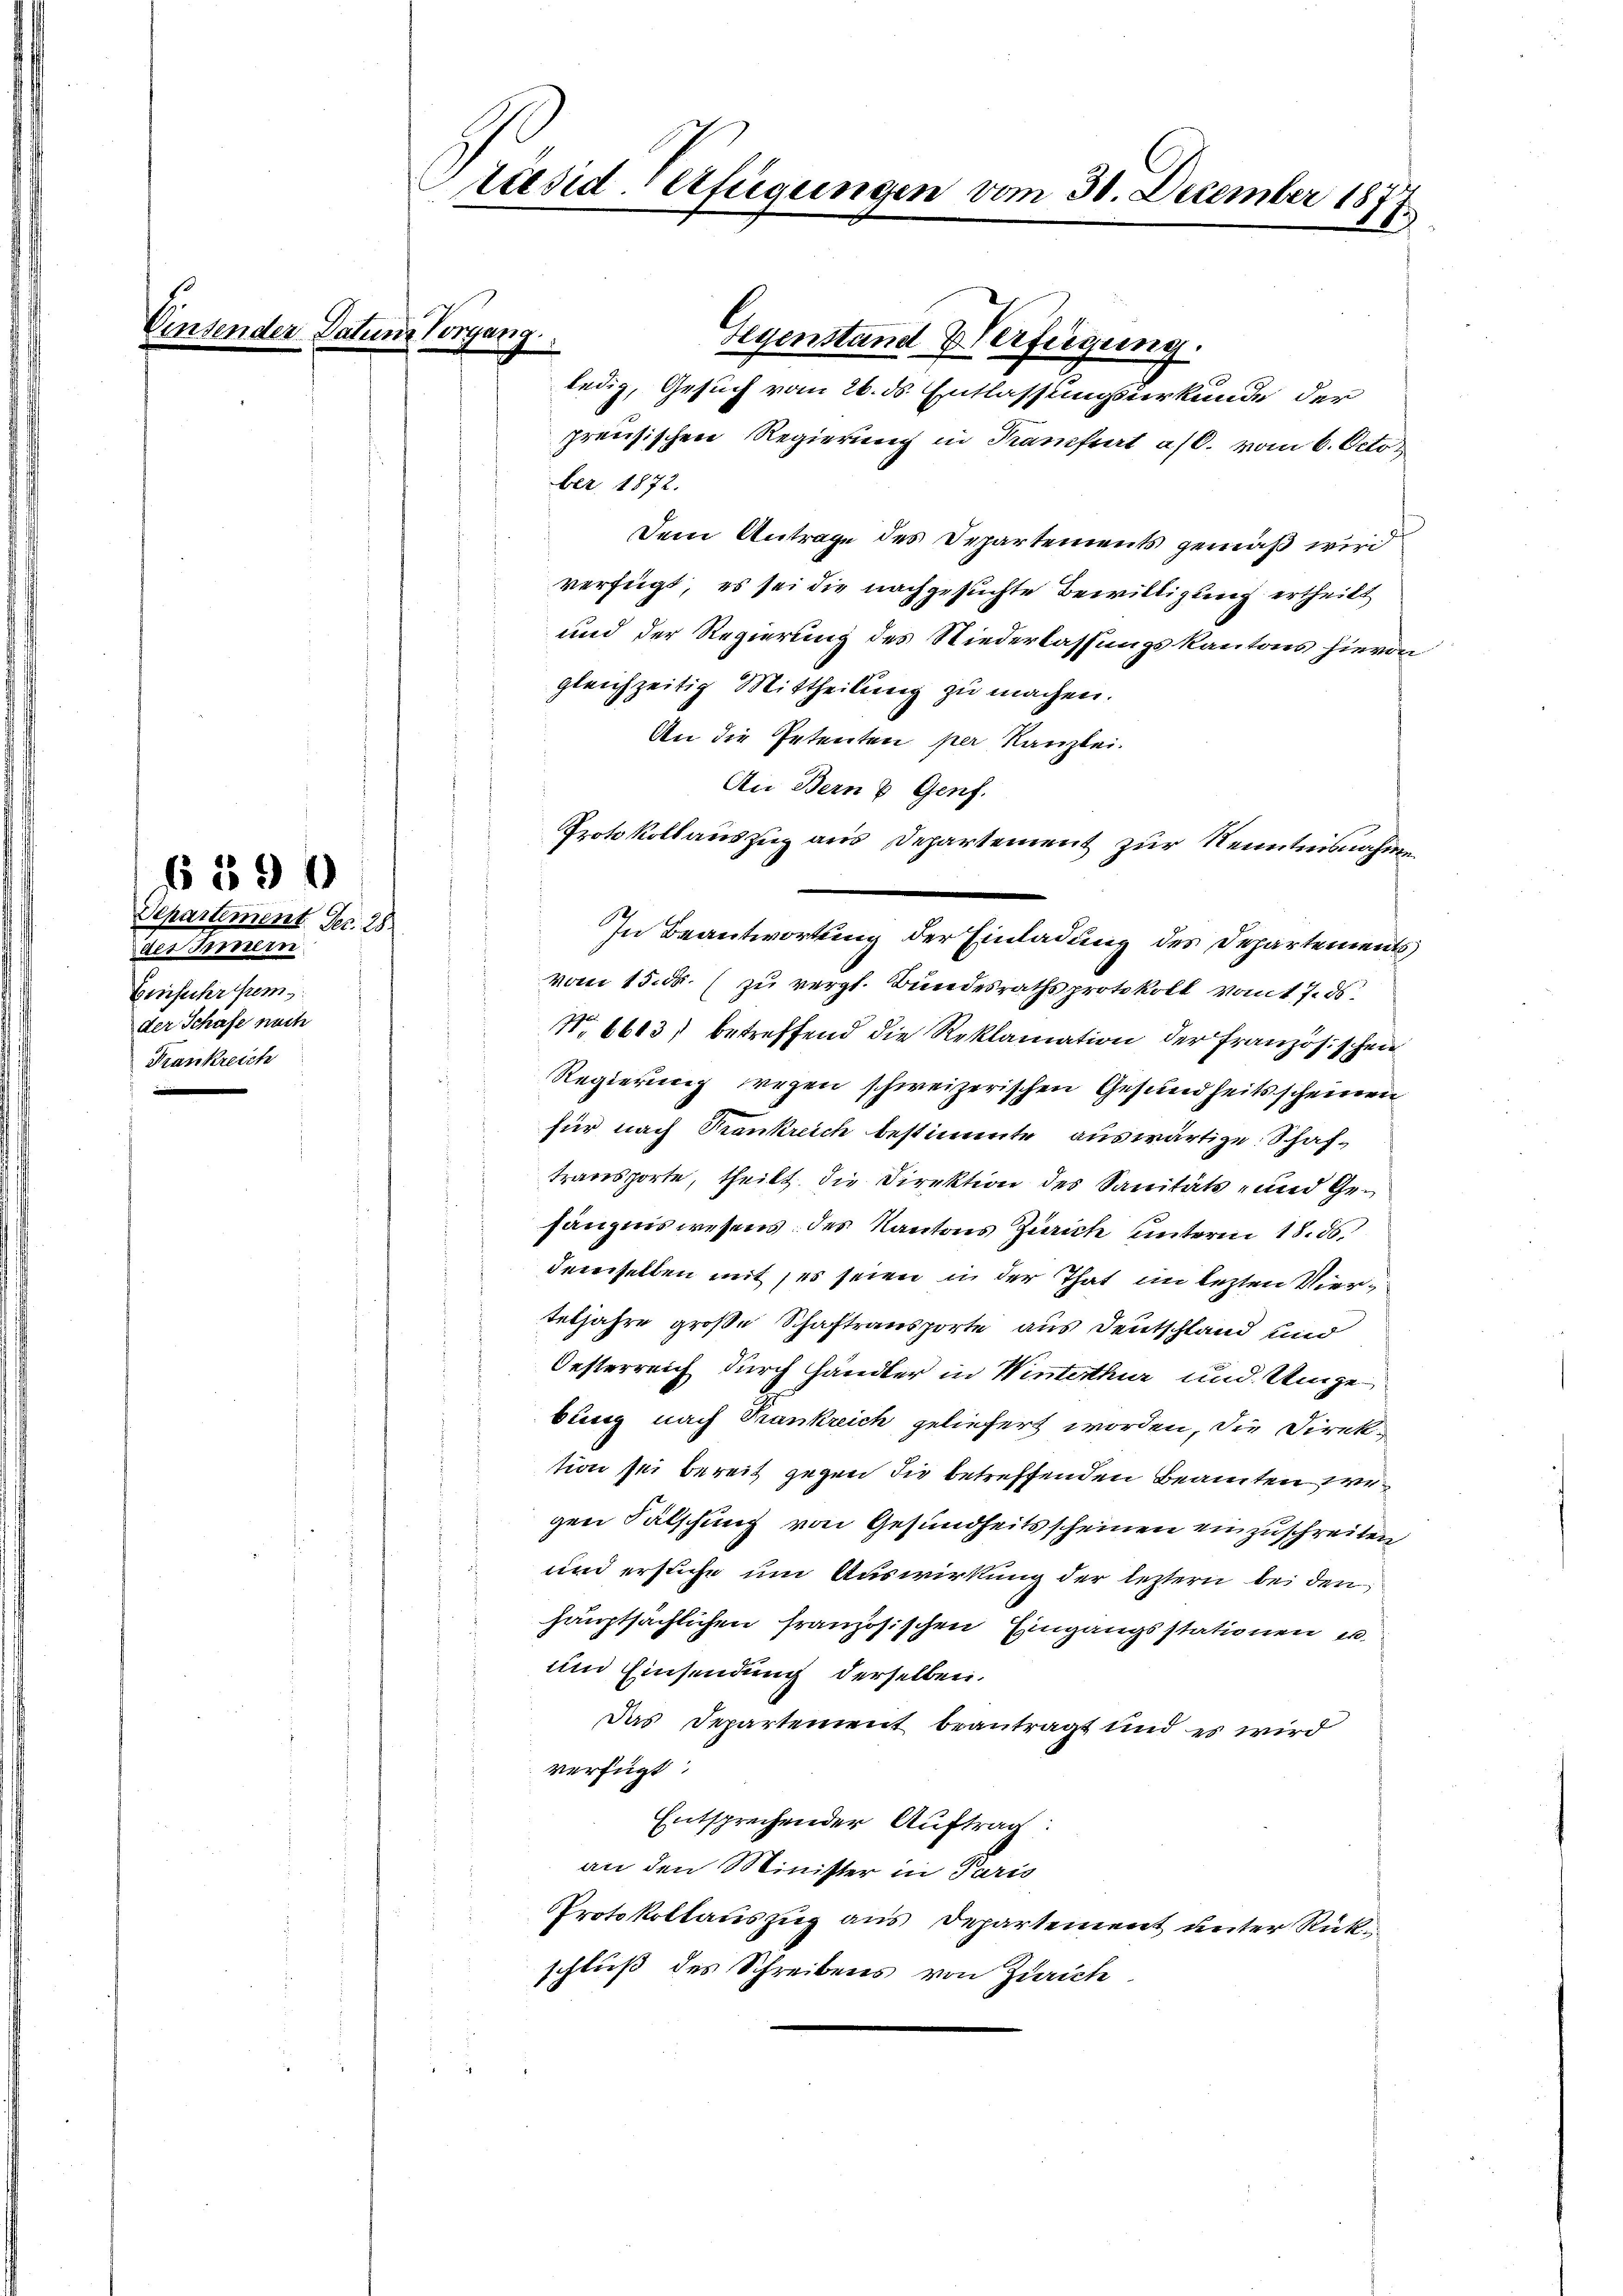
¬

Departement. Dec. 28.
des Innern
Einfuhr frem
der Schafe nach
Frankreich

6 890

Datum Vorgang.

räsiderfügungen vom 30. December 187.
249

Gegenstand Verfügung.
ledig, Gesuch vom 26. ds. Entlassungsurkunde der
preusischen Regierung in Kranfert a/O. vom 6. Octo
ber 1872.
Dem Antrage des Departements gemäß wird
verfügt, es sei die nachgesuchte Bewilligung ertheilt
und der Regierung des Niederlassungskantons hievon
gleichzeitig Mittheilung zu machen.
An die Petenten per Kanzlei.
An Bern & Genf.
Protokoll auszug aus Departement zur Kenntnisnahme
vom 15. ds. (zu vergl. Bundesrathsprotokoll vom 7. ds.
No 6613) betreffend die Reklamation der Französischen
.
Regierung wegen schweizerischen Gesundheitsscheinen
für nach Krankreich bestimmte auswärtige Schaftransporte, theilt die Direktion des Sanitäts- und Gefängniswesens des Kantons Zürich unterm 18. 56.
demselben mit, es seien in der That im lezten Vierteljahre große Schaftransporte aus Deutschland und
Oesterreich durch Händler in Winterthur und Umgebung nach Trankreich geliefert worden, die Direktion sei bereit gegen die betreffenden Beamten regen Fälschung von Gesundheitsscheinen einzuschreiten
und ersuche um Auswirkung der leztern bei den
hauptsächlichen französischen Eingangsstationen u
und Einsendung derselben.
Das Departement beantragt und es wird
verfügt:
Entsprechender Auftrag:
an den Minister in Paris
Protokollauszug aus Departement unter Rückschluß des Schreibens von Zürich

In Beantwortung der Einladung des Departements